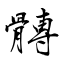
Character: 髆